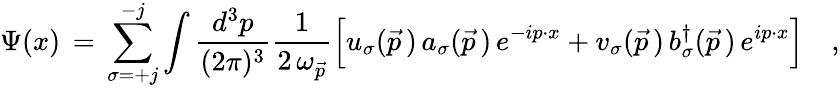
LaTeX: \Psi(x)\, =\, \sum_{\sigma=+j}^{-j}\int{\frac{d^{3}p}{(2\pi)^{3}}}{\frac{1}{2\, \omega_{\vec{p}}}}\Big[u_{\sigma}(\vec{p}\, )\, a_{\sigma}(\vec{p}\, )\, e^{-ip\cdot x}+v_{\sigma}(\vec{p}\, )\, b_{\sigma}^{\dagger}(\vec{p}\, )\, e^{ip\cdot x}\Bigr]\quad,